Leaving Certificate Examination, 1907
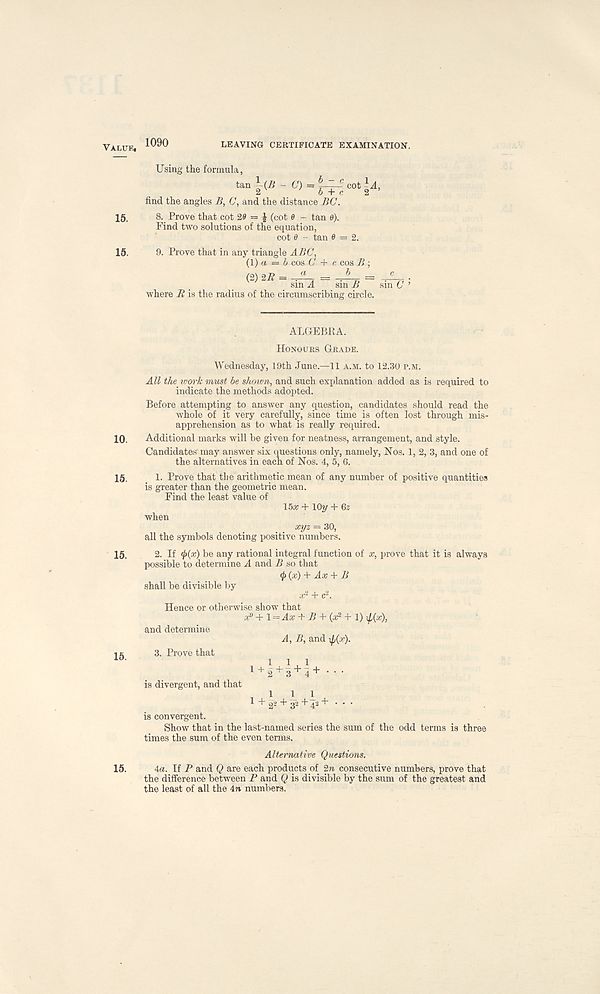
Value, 1090
LEAVING CERTIFICATE EXAMINATION.
15.
15.
Using the formula,
«an}(*-C)=feco t^,
find the angles B, C, and the distance BC.
8. Prove that cot 20 = £ (cot 0 - tan 0).
Find two solutions of the equation,
cot 0 - tan 0 = 2.
9. Prove that in any triangle ABC,
{\) a = b cos C + c cos B;
(2) 2li = “ =
=
sin A sin B
where B is the radius of the circumscribing circle.
ALGEBRA.
Honours Grade.
10.
15.
15.
15.
Wednesday, 19th June.—11 a.m. to 12.30 p.m.
All the ivork must be shown, and such explanation added as is required to
indicate the methods adopted.
Before attempting to answer any question, candidates should read the
whole of it very carefully, since time is often lost through mis-
apprehension as to what is really required.
Additional marks will be given for neatness, arrangement, and style.
Candidates 1 may answer six questions only, namely, Nos. 1, 2, 3, and one of
the alternatives in each of Nos. 4, 5, 6.
1. Prove that the arithmetic mean of any number of positive quantities
is greater than the geometric mean.
Find the least value of 15a; + \0y + 6z
when
xyz = 30,
all the symbols denoting positive numbers.
2. If be any rational integral function of x, prove that it is always
possible to determine A and B so that
$ {x) + Ax + B
shall be divisible by
x 2 + c 2 .
Hence or otherwise show that
ofi + l=Ax + B + (a? + 1) \p(x),
and determine
A, B, and ^(x).
3. Prove that
111
1 + 2 + 3 + 4 + • • •
is divergent, and that ! ! 1
1 +22 + 32+42+-V •
is convergent.
Show that in the last-named series the sum of the odd terms is three
times the sum of the even terms.
Alternative Questions.
15. 4a. If P and Q are each products of 2re consecutive numbers, prove that
the difference between P and Q is divisible by the sum of the greatest and
the least of all the 4n numbers.